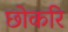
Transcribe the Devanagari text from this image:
छोकरि